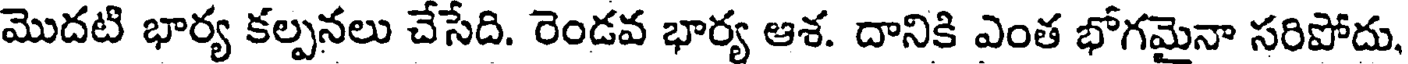
మొదటి భార్య కల్పనలు చేసేది. రెండవ భార్య ఆశ. దానికి ఎంత భోగమైనా సరిపోదు